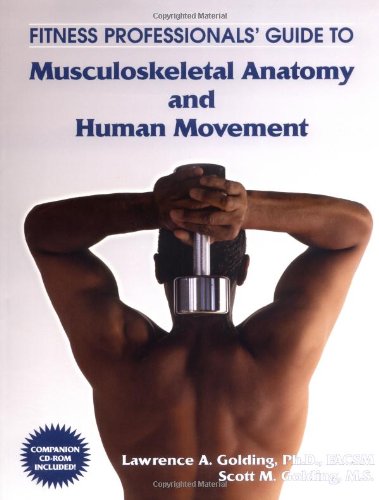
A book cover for Fitness Professionals' Guide to Musculoskeletal Anatomy and Human Movement; Lawrence A. Golding; Health, Fitness & Dieting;